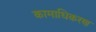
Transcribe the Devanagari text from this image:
कामाधिकरण